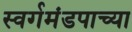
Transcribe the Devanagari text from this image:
स्वर्गमंडपाच्या